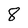
Character: 8